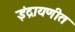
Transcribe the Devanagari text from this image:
इंद्रायणीत